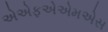
એએફએએમએસ